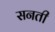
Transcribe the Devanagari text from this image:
सनती